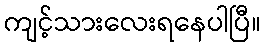
ကျင့်သားလေးရနေပါပြီ။